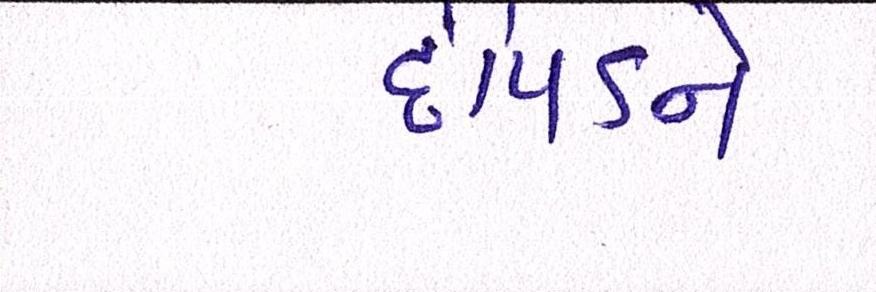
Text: દીપડીને